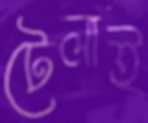
টেলাই